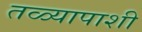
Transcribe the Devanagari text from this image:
तळ्यापाशी